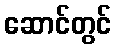
ဆောင်တွင်